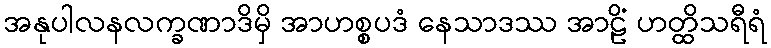
အနုပါလနလက္ခဏာဒိမှိ အာဟစ္စပဒံ နေသာဒဿ အာဠိံ ဟတ္ထိသရီရံ